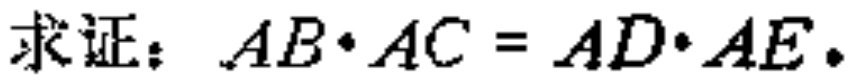
求证：\(AB\cdot AC = AD\cdot AE\)。